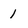
Character: 1